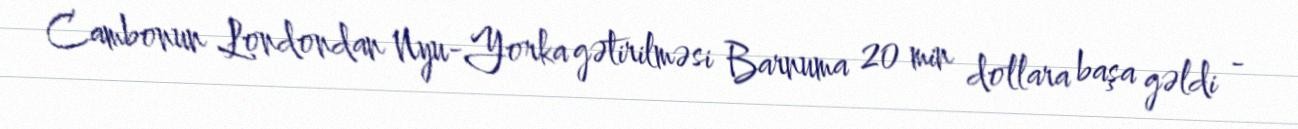
Cambonun Londondan Nyu-Yorka gətirilməsi Barnuma 20 min dollara başa gəldi -